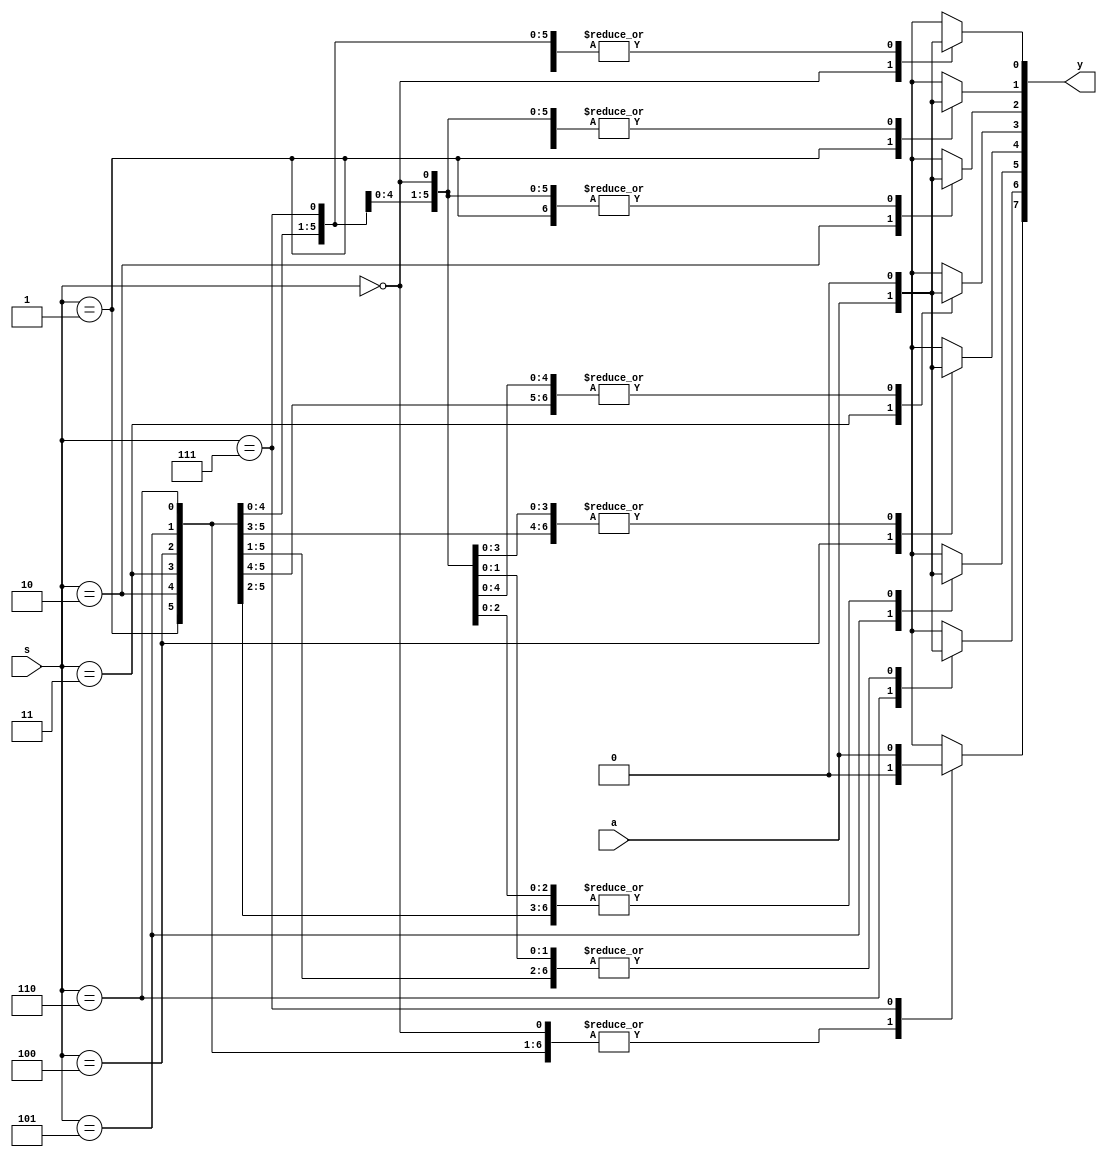

module demux81(y,s,a);
output reg [7:0]y;
input [2:0]s;
input a;

always @(*)
begin 
y=0;
case(s)
3'd0: y[0]=a;
3'd1: y[1]=a;
3'd2: y[2]=a;
3'd3: y[3]=a;
3'd4: y[4]=a;
3'd5: y[5]=a;
3'd6: y[6]=a;
3'd7: y[7]=a;
endcase
end
endmodule